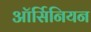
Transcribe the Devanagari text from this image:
ऑर्सिनियन